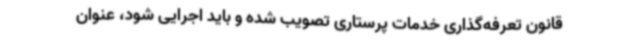
قانون تعرفه‌گذاری خدمات پرستاری تصویب شده و باید اجرایی شود، عنوان